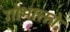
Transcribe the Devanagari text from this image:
गोभाक्तो